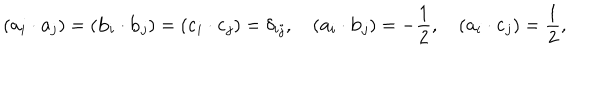
( { \bf a } _ { i } \cdot { \bf a } _ { j } ) = ( { \bf b } _ { i } \cdot { \bf b } _ { j } ) = ( { \bf c } _ { i } \cdot { \bf c } _ { j } ) = \delta _ { i j } , \quad ( { \bf a } _ { i } \cdot { \bf b } _ { j } ) = - \frac { 1 } { 2 } , \quad ( { \bf a } _ { i } \cdot { \bf c } _ { j } ) = \frac { 1 } { 2 } , \quad